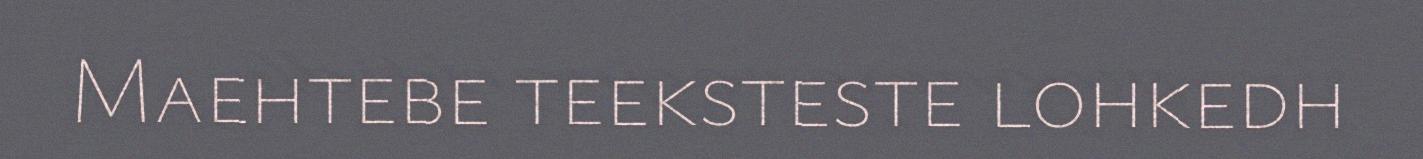
Maehtebe teeksteste lohkedh